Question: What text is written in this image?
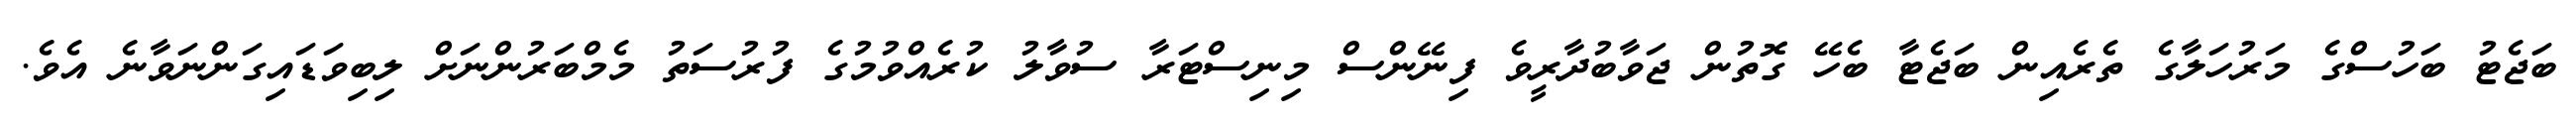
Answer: ބަޖެޓު ބަހުސްގެ މަރުހަލާގެ ތެރެއިން ބަޖެޓާ ބެހޭ ގޮތުން ޖަވާބުދާރީވެ ފިނޭންސް މިނިސްޓަރާ ސުވާލު ކުރެއްވުމުގެ ފުރުސަތު މެމްބަރުންނަށް ލިބިވަޑައިގަންނަވާނެ އެވެ.